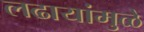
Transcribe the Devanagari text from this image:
लढायांमुळे